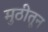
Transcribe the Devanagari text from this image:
मुठीतून